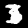
Digit: 3